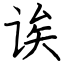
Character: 诶